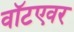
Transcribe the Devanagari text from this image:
वॉटएवर